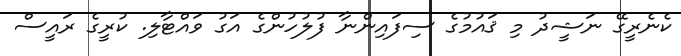
ކެނެރީގޭ ނަޝީދު މި ޤައުމުގެ ސިފައިންނާ ފުލުހުންގެ އަގު ވައްޓާލި. ކުރީގެ ރައީސް